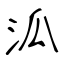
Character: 泒